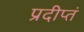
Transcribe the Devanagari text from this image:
प्रदीप्तं